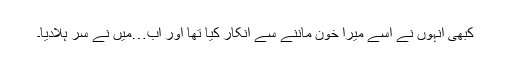
کبھی انہوں نے اسے میرا خون ماننے سے انکار کیا تھا اور اب…میں نے سر ہلادیا۔